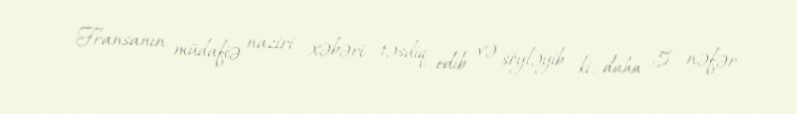
Fransanın müdafiə naziri xəbəri təsdiq edib və söyləyib ki, daha 5 nəfər